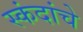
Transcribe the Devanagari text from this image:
स्कंदांचे